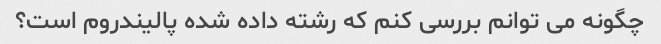
چگونه می توانم بررسی کنم که رشته داده شده پالیندروم است؟